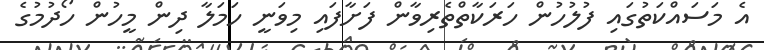
އެ މަސައްކަތުގައި ފުލުހުން ހަރަކާތްތެރިވާން ފަށާފައި މިވަނީ ހަމަލާ ދިން މީހުން ހޯދުމުގެ